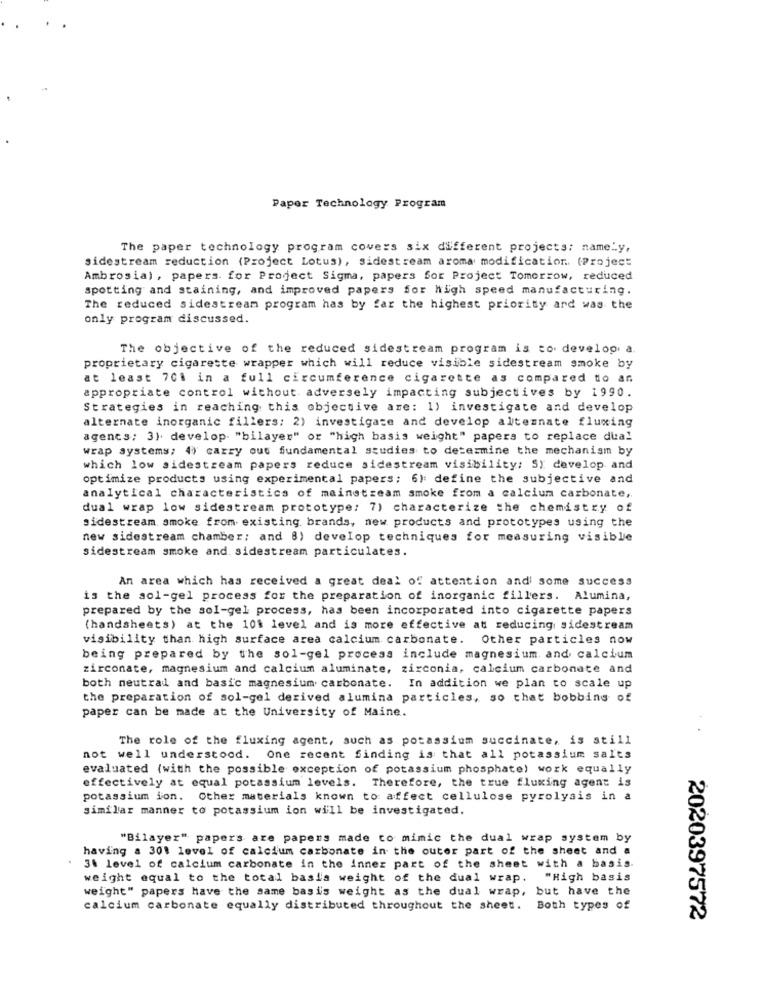
Paper Technology Program
The paper technology program covers six different projects; namely,
sidestream reduction (Project Lotus), sidestream aroma modification. (Project
Ambrosia) , papers. for Project Sigma, papers Sor Project Tomorrow, reduced
spotting and staining, and improved papers for high speed manufacturing.
The reduced sidestream program has by far the highest priority and was the
only program discussed.
The objective of the reduced sidestream program is to develop a.
proprietary cigarette wrapper which will reduce visible sidestream smoke by
at least 701 in a full circumference cigarette as compared to an
appropriate control without adversely impacting subjectives by 1990.
Strategies in reaching this objective are: 1) investigate and develop
alternate inorganic fillers: 2) investigate and develop alternate fluxing
agents; 3). develop "bilayer" or "high basis weight" papers to replace dual
wrap systems; 4) carry out fundamental studies to determine the mechanism by
which low sidestream papers reduce sidestream visibility: SY develop and
optimize products using experimental papers; 6): define the subjective and
analytical characteristics of mainstream smoke from a calcium carbonate,
dual wrap low sidestream prototype: 7) characterize the chemistry of
sidestream smoke from existing brands, new products and prototypes using the
new sidestream chamber; and 8) develop techniques for measuring visible
sidestream smoke and sidestream particulates.
An area which has received a great deal of attention and some success
is the sol-gel process for the preparation of inorganic fillers. Alumina,
prepared by the sol-gel process, has been incorporated into cigarette papers
(handsheets) at the 101 level and is more effective at reducing sidestream
visibility than high surface area calcium carbonate. Other particles now
being prepared by the sol-gel process include magnesium and calcium
zirconate, magnesium and calcium aluminate, zirconia, calcium carbonate and
both neutral and basic magnesium carbonate. In addition we plan to scale up
the preparation of sol-gel derived alumina particles, so that bobbing of
paper can be made at the University of Maine.
The role of the fluxing agent, such as potassium succinate, is still
not well understood. One recent finding is that all potassium salts
evaluated (with the possible exception of potassium phosphate) work equally
effectively at equal potassium levels. Therefore, the true fluxing agent is
potassium ion. Other materials known to affect cellulose pyrolysis in a
similar manner to potassium ion will be investigated.
"Bilayer" papers are papers made to mimic the dual wrap system by
having a 301 level of calcium carbonate in the outer part of the sheet and a
3. level of calcium carbonate in the inner part of the sheet with a basis.
weight equal to the total basis weight of the dual wrap.
"High basis
weight" papers have the same basi's weight as the dual wrap, but have the
calcium carbonate equally distributed throughout the sheet.
Both types of
2020397572